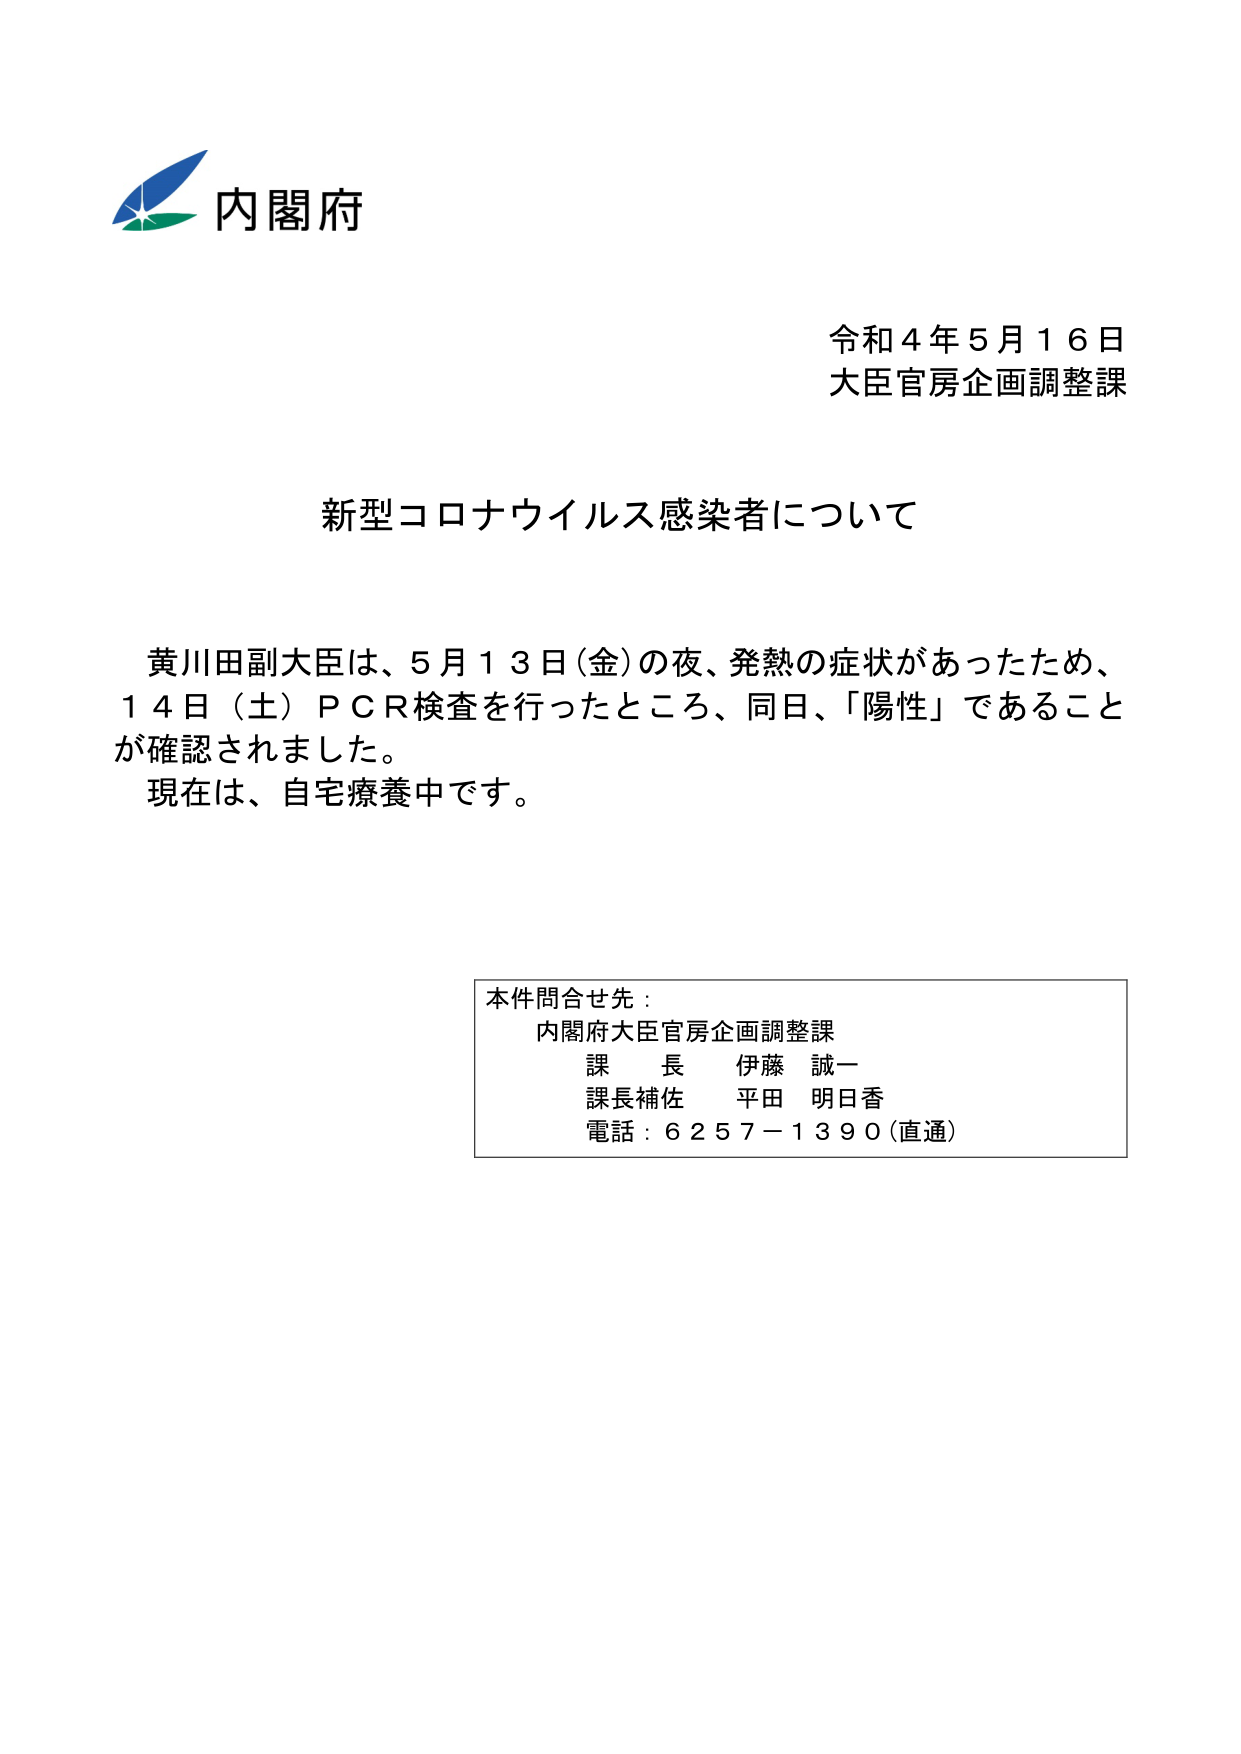
内閣府

令和４年５月１６日
大臣官房企画調整課

新型コロナウイルス感染者について

黄川田副大臣は、５月１３日（金）の夜、発熱の症状があったため、
１４日（土）ＰＣＲ検査を行ったところ、同日、「陽性」であることが確認されました。
現在は、自宅療養中です。

本件問合せ先：
内閣府大臣官房企画調整課
課長 伊藤 誠一
課長補佐 平田 明日香
電話：６２５７－１３９０（直通）